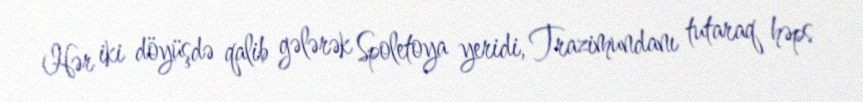
Hər iki döyüşdə qalib gələrək Spoletoya yeridi, Trazimundanı tutaraq həps